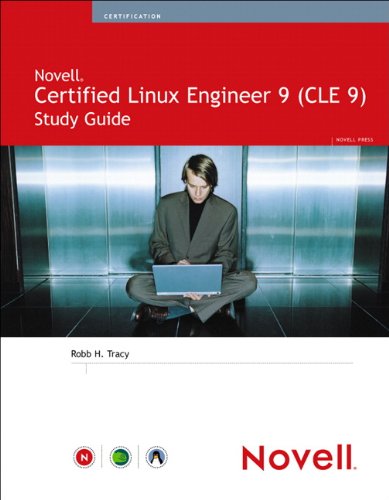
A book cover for Novell Certified Linux 9 (CLE 9) Study Guide; Robb H. Tracy; Computers & Technology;